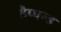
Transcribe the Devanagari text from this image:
हैप्पन्ड